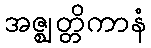
အဇ္ဈတ္တိကာနံ